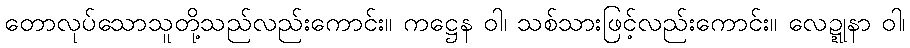
တောလုပ်သောသူတို့သည်လည်းကောင်း။ ကဋ္ဌေန ဝါ၊ သစ်သားဖြင့်လည်းကောင်း။ လေဍ္ဍုနာ ဝါ၊